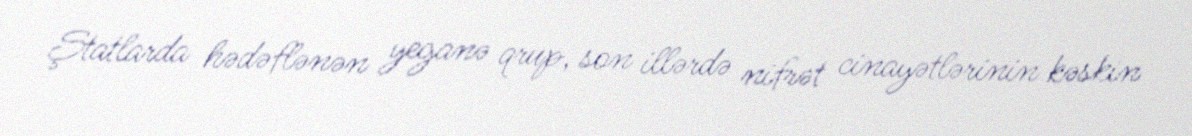
Ştatlarda hədəflənən yeganə qrup, son illərdə nifrət cinayətlərinin kəskin